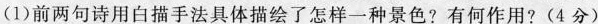
(1)前两句诗用白描手法具体描绘了怎样一种景色?有何作用?（4分）